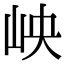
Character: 岟